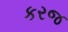
કરજ